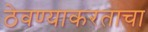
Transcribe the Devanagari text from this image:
ठेवण्याकरताचा